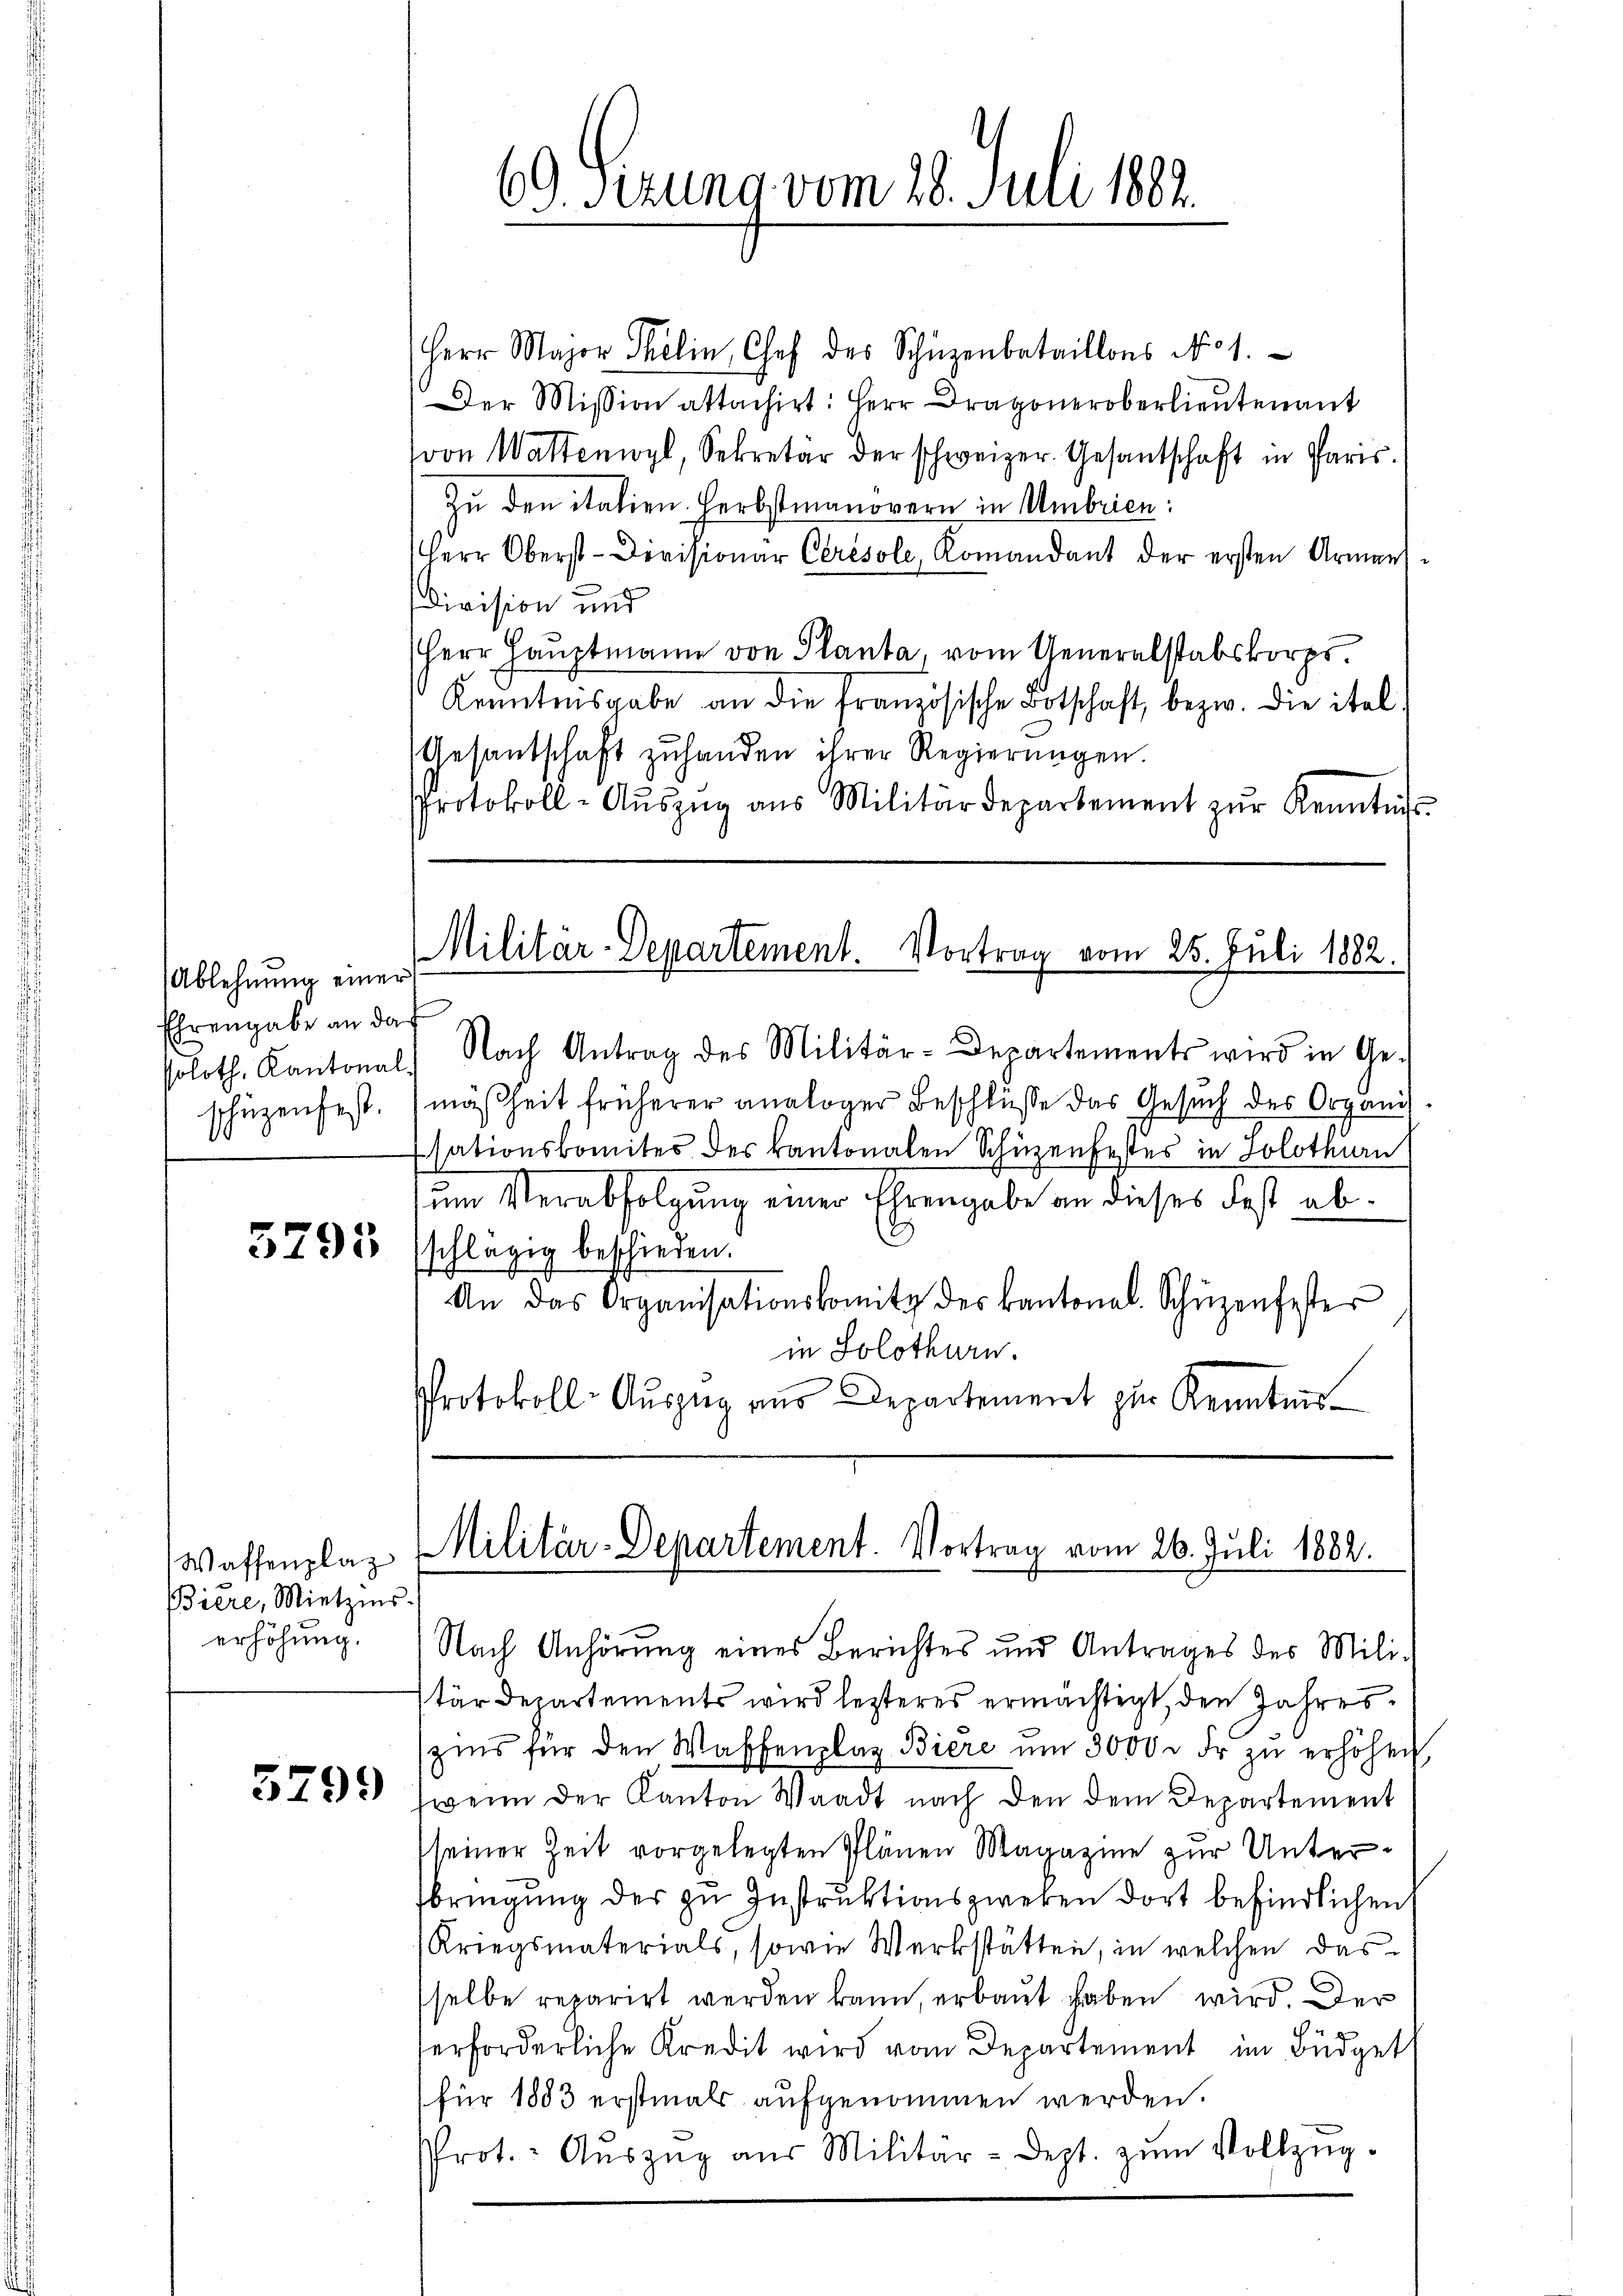
Ablehnung einer
Ehrengabe an das

5295

Waffenplaz
Biere, Mietzins-
erhöhung.

5799)

Herr Major Selin, Chef des Schüzenbataillons No 1.
Der Mission attachirt: Herr Dragoneroberlieutenant
von Wattenwyl, Sekretär der schweizer Gesantschaft in Paris.
zu den italien. Herbstmanovern in Umbrien:
Herr Oberst-Divisionar Cerésole, Romandant der ersten Armens
Division und
Herr Hauptmann von Planta, vom Generalstabskorps.
Kenntnisgabe an die Französische Botschaft, bezw. die ital
Gesantschaft zŭ handen ihrer Regierŭngen.
Protokoll-Aŭszŭg aŭs Militärdepartement zŭr Kenntnis-

69 Sizung vom 28. Juli 1882.

soloth. Kantonals Nach Antrag des Militär-Departements wird in Ge-
schüzenfest. mäßheit früherer analoger Beschlüsse das Gesuch des Organis
Esationskomites des kantonalen Schüzenfestes in Solothurn
zum Verabfolgung einer Ehrengabe an dieses Fest ab¬
.
schlägig beschieden.
An das Organisationskomite des kantonal-Schüzenfester
in Solothurn.
Protokoll- Aŭszug aus Departement zur Kenntnis

Militär-Departement. Vortrag vom 25. Juli 1882.

Militär-Departement. Vortrag vom 26. Juli 1882.

Nach Anhörung eines Berichtes und Antrages des Mili-
tärdepartements wird lezteres ermächtigt, den Jahres
zins für den Waffenplaz Biere ŭm 3000 fr zŭ erhöhen,
wenn der Kanton Waadt nach den dem Departement
Meiner Zeit vorgelegten Plänen Magazine zur Unterbringung der zu Instruktionszweken dort befindlichen
(Kriegsmaterials, sowie Werkstätten, in welchen dasselbe reparirt werden kann, erbaut haben wird. Der
erforderliche Kredit wird vom Departement im Büdgett
für 1883 erstmals aufgenommen werden.
Prot. Aŭszŭg aŭs Militär-dept. zŭm Vollzŭg-